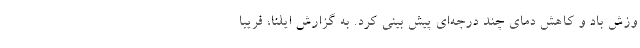
وزش باد و کاهش دمای چند درجه‌ای پیش بینی کرد. به گزارش ایلنا، فریبا